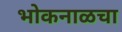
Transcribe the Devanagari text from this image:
भोकनाळचा